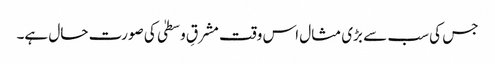
جس کی سب سے بڑی مثال اس وقت مشرقِ وسطیٰ کی صورت حال ہے۔